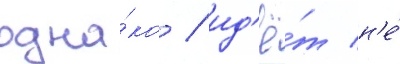
одна́ко / ид'ё́т н'е́